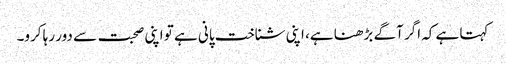
کہتا ہے کہ اگر آگے بڑھنا ہے، اپنی شناخت پانی ہے تو اپنی صحبت سے دور رہا کرو۔